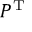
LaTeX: P ^ { \mathrm { T } }